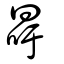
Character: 冔